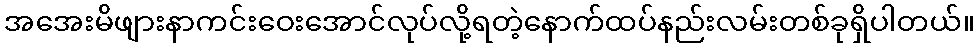
အအေးမိဖျားနာကင်းဝေးအောင်လုပ်လို့ရတဲ့နောက်ထပ်နည်းလမ်းတစ်ခုရှိပါတယ်။